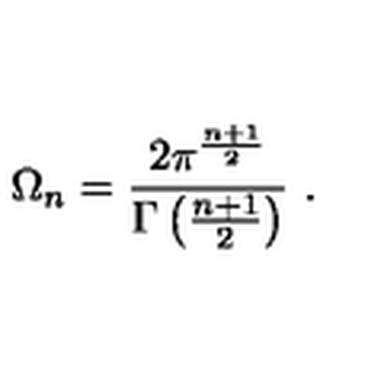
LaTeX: \Omega _ { n } = \frac { 2 \pi ^ { \frac { n + 1 } { 2 } } } { \Gamma \left( \frac { n + 1 } { 2 } \right) } \ .